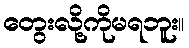
တွေးလို့ကိုမရဘူး။